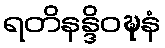
ရတိနန္ဒိဝဍ္ဎနံ